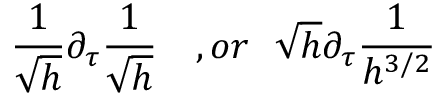
\frac { 1 } { \sqrt { h } } \partial _ { \tau } \frac { 1 } { \sqrt { h } } \ \ \ , o r \ \ \sqrt { h } \partial _ { \tau } \frac { 1 } { h ^ { 3 / 2 } }